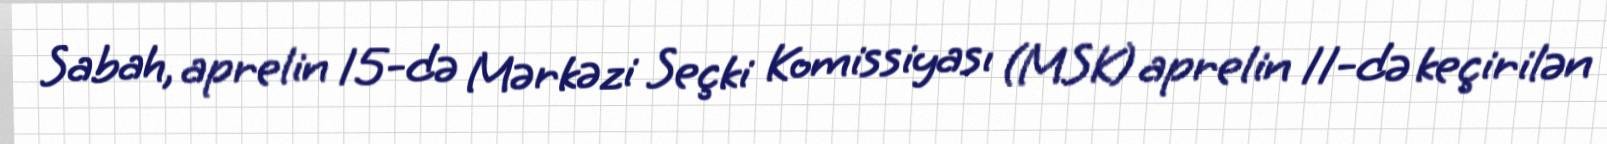
Sabah, aprelin 15-də Mərkəzi Seçki Komissiyası (MSK) aprelin 11-də keçirilən